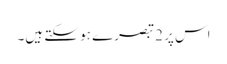
اس پر 2 تبصرے ہو سکتے ہیں۔